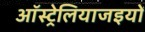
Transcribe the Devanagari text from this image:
ऑस्ट्रेलियाजइयों